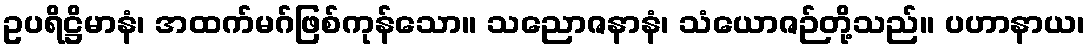
ဥပရိဋ္ဌိမာနံ၊ အထက်မဂ်ဖြစ်ကုန်သော။ သညောဇနာနံ၊ သံယောဇဉ်တို့သည်။ ပဟာနာယ၊